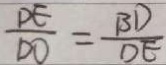
\frac { D E } { D O } = \frac { B D } { D E }